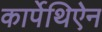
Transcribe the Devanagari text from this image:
कार्पेथिऐन